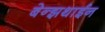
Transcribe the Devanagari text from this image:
बेन्झथाईन